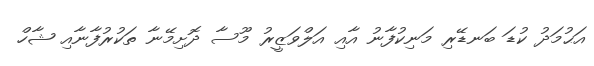
އަޙުމަދު ކުޑަ ބަނޑޭރި މަނިކުފާނު އާއި އަލްވަޒީރު މޫސާ ދޮށިމޭނާ ތަކުރުފާނާއި ޝާހް